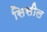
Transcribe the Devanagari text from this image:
सिसील